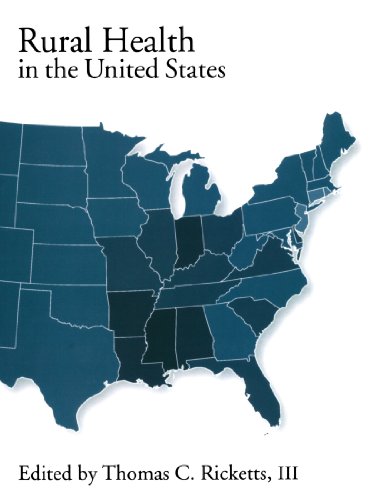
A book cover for Rural Health in the United States; Medical Books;